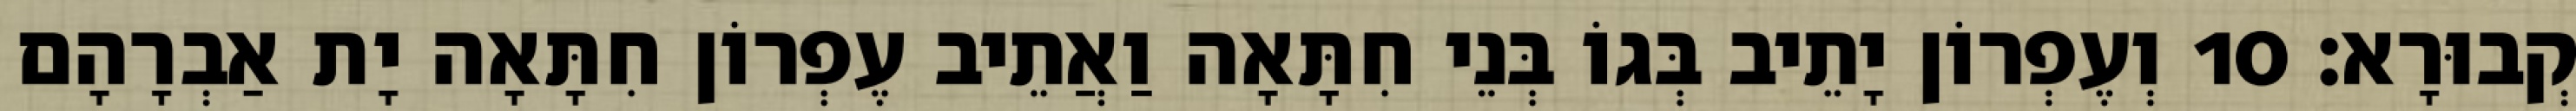
קְבוּרָא׃ 10 וְעֶפְרוֹן יָתֵיב בְּגוֹ בְּנֵי חִתָּאָה וַאֲתֵיב עֶפְרוֹן חִתָּאָה יָת אַבְרָהָם